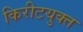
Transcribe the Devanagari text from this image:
किरीटयुक्त